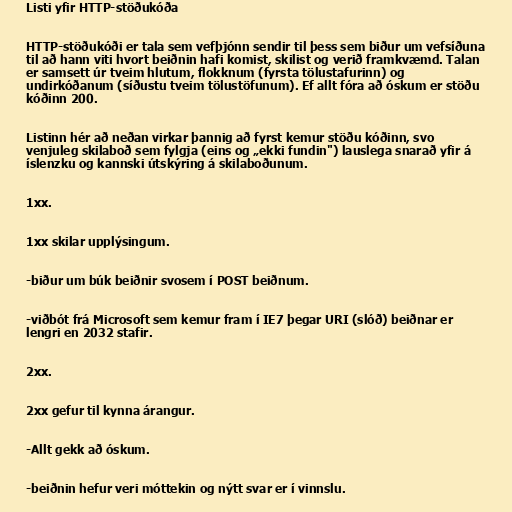
Listi yfir HTTP-stöðukóða

HTTP-stöðukóði er tala sem vefþjónn sendir til þess sem biður um vefsíðuna
til að hann viti hvort beiðnin hafi komist, skilist og verið framkvæmd. Talan
er samsett úr tveim hlutum, flokknum (fyrsta tölustafurinn) og
undirkóðanum (síðustu tveim tölustöfunum). Ef allt fóra að óskum er stöðu
kóðinn 200.

Listinn hér að neðan virkar þannig að fyrst kemur stöðu kóðinn, svo
venjuleg skilaboð sem fylgja (eins og „ekki fundin") lauslega snarað yfir á
íslenzku og kannski útskýring á skilaboðunum.

1xx.

1xx skilar upplýsingum.

-biður um búk beiðnir svosem í POST beiðnum.

-viðbót frá Microsoft sem kemur fram í IE7 þegar URI (slóð) beiðnar er
lengri en 2032 stafir.

2xx.

2xx gefur til kynna árangur.

-Allt gekk að óskum.

-beiðnin hefur veri móttekin og nýtt svar er í vinnslu.